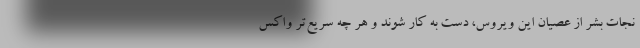
نجات بشر از عصیان این ویروس، دست به کار شوند و هر چه سریع‌تر واکس